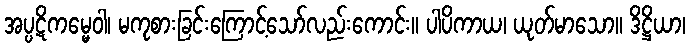
အပ္ပဋိကမ္မေဝါ၊ မကုစားခြင်းကြောင့်သော်လည်းကောင်း။ ပါပိကာယ၊ ယုတ်မာသော။ ဒိဋ္ဌိယာ၊